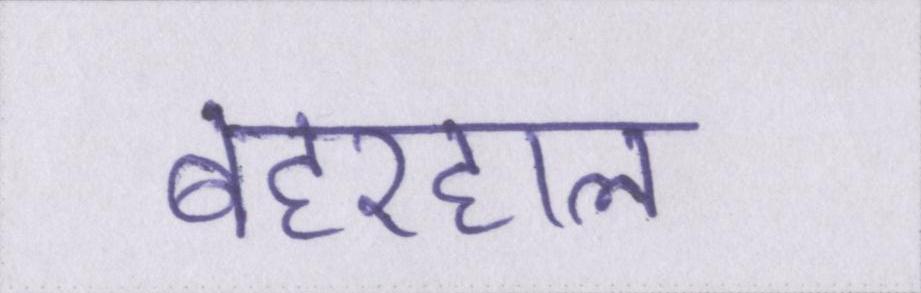
बहरहाल